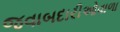
જવાબદારીઓવાળા